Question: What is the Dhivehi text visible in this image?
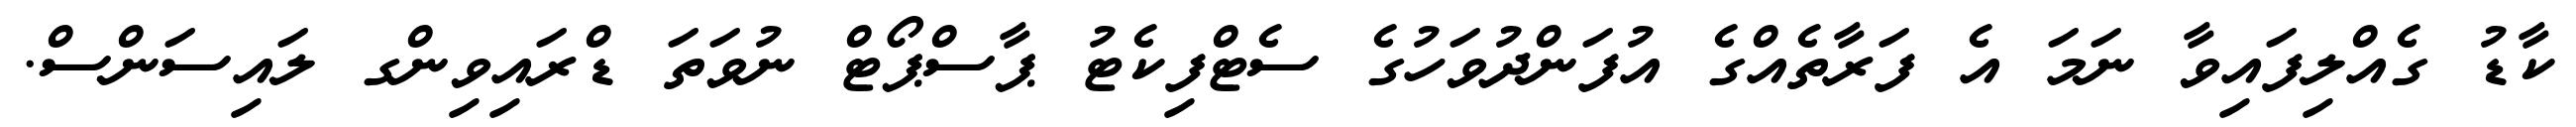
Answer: ކާޑު ގެއްލިފައިވާ ނަމަ އެ ފަރާތެއްގެ އުފަންދުވަހުގެ ސެޓްފިކެޓު ޕާސްޕޯޓް ނުވަތަ ޑްރައިވިންގ ލައިސަންސް.